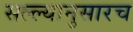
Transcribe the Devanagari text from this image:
सल्ल्यानुसारच